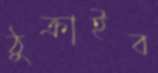
ঠুক্‌রাইব